Indian journal of veterinary science and animal husbandry - Volume 7,
Year: 1937
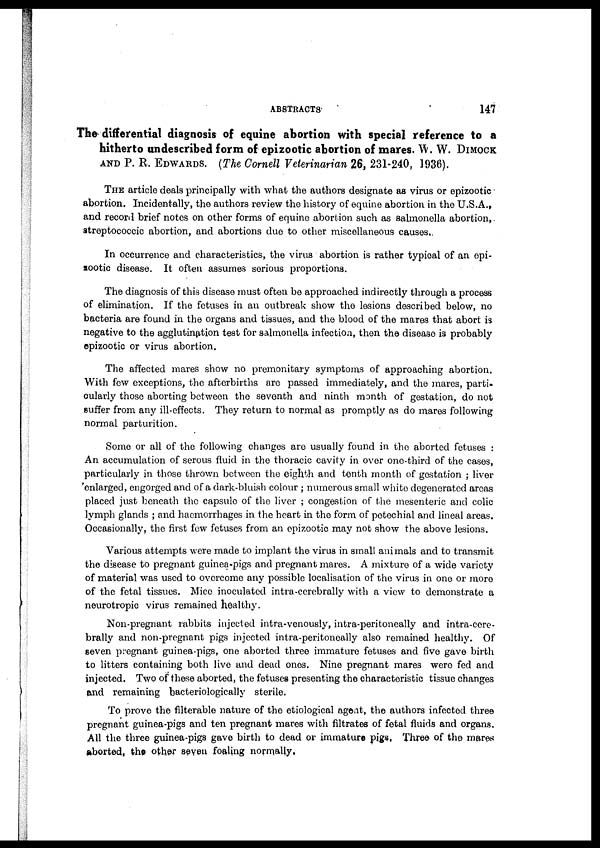
ABSTRACTS
147
The differential diagnosis of equine abortion with special reference to a
hitherto undescribed form of epizootic abortion of mares. W. W. DIMOCK
AND P. R. EDWARDS. (The Cornell Veterinarian 26, 231-240, 1936).
THE article deals principally with what the authors designate as virus or epizootic
abortion. Incidentally, the authors review the history of equine abortion in the U.S.A.,
and record brief notes on other forms of equine abortion such as salmonella abortion,
streptococcic abortion, and abortions due to other miscellaneous causes.
In occurrence and characteristics, the virus abortion is rather typical of an epi-
zootic disease. It often assumes serious proportions.
The diagnosis of this disease must often be approached indirectly through a process
of elimination. If the fetuses in an outbreak show the lesions described below, no
bacteria are found in the organs and tissues, and the blood of the mares that abort is
negative to the agglutination test for salmonella infection, then the disease is probably
epizootic or virus abortion.
The affected mares show no premonitary symptoms of approaching abortion.
With few exceptions, the afterbirths are passed immediately, and the mares, parti-
cularly those aborting between the seventh and ninth month of gestation, do not
suffer from any ill-effects. They return to normal as promptly as do mares following
normal parturition.
Some or all of the following changes are usually found in the aborted fetuses :
An accumulation of serous fluid in the thoracic cavity in over one-third of the cases,
particularly in those thrown between the eighth and tenth month of gestation ; liver
enlarged, engorged and of a dark-bluish colour ; numerous small white degenerated areas
placed just beneath the capsule of the liver ; congestion of the mesenteric and colic
lymph glands ; and haemorrhages in the heart in the form of petechial and lineal areas.
Occasionally, the first few fetuses from an epizootic may not show the above lesions.
Various attempts were made to implant the virus in small animals and to transmit
the disease to pregnant guinea-pigs and pregnant mares. A mixture of a wide variety
of material was used to overcome any possible localisation of the virus in one or more
of the fetal tissues. Mice inoculated intra-cerebrally with a view to demonstrate a
neurotropic virus remained healthy.
Non-pregnant rabbits injected intra-venously, intra-peritoneally and intra-cere-
brally and non-pregnant pigs injected intra-peritoneally also remained healthy. Of
seven pregnant guinea-pigs, one aborted three immature fetuses and five gave birth
to litters containing both live and dead ones. Nine pregnant mares were fed and
injected. Two of these aborted, the fetuses presenting the characteristic tissue changes
and remaining bacteriologically sterile.
To prove the filterable nature of the etiological agent, the authors infected three
pregnant guinea-pigs and ten pregnant mares with filtrates of fetal fluids and organs.
All the three guinea-pigs gave birth to dead or immature pigs. Three of the mares
aborted. the other seven foaling normally.